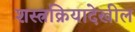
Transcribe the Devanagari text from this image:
शस्त्रक्रियादेखील